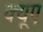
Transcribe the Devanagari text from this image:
क्यूए